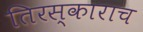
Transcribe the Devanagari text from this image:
तिरस्काराच